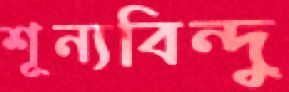
শূন্যবিন্দু